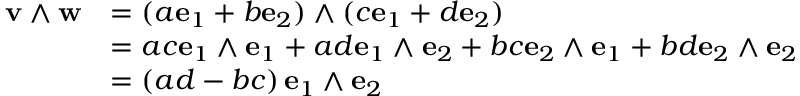
{ \begin{array} { r l } { \mathbf { v } \wedge \mathbf { w } } & { = ( a \mathbf { e } _ { 1 } + b \mathbf { e } _ { 2 } ) \wedge ( c \mathbf { e } _ { 1 } + d \mathbf { e } _ { 2 } ) } \\ & { = a c \mathbf { e } _ { 1 } \wedge \mathbf { e } _ { 1 } + a d \mathbf { e } _ { 1 } \wedge \mathbf { e } _ { 2 } + b c \mathbf { e } _ { 2 } \wedge \mathbf { e } _ { 1 } + b d \mathbf { e } _ { 2 } \wedge \mathbf { e } _ { 2 } } \\ & { = \left( a d - b c \right) \mathbf { e } _ { 1 } \wedge \mathbf { e } _ { 2 } } \end{array} }